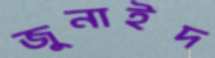
জুনাইদ